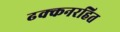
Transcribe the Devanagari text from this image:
ढक्कनरहित